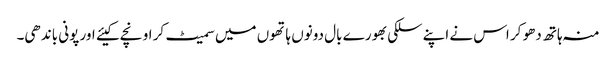
منہ ہاتھ دھو کر اس نے اپنے سلکی بھورے بال دونوں ہاتھوں میں سمیٹ کر اونچے کیئے اور پونی باندھی۔